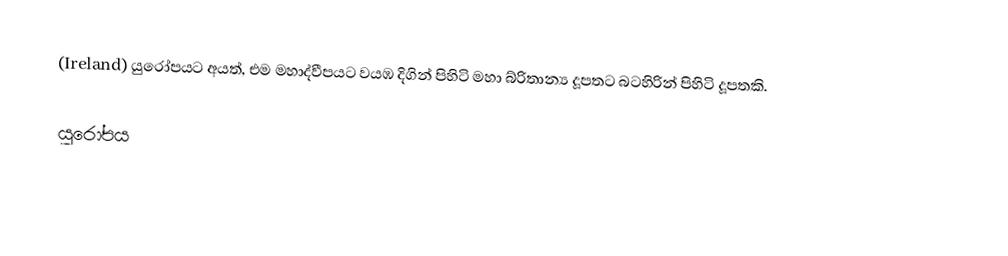
(Ireland) යුරෝපයට අයත්, එම මහාද්වීපයට වයඹ දිගින් පිහිටි මහා බ්රිතාන්‍ය දූපතට බටහිරින් පිහිටි දූපතකි.

යුරෝපය